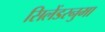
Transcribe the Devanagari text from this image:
सिलेंडरनुमा